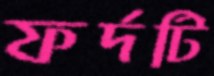
ফর্দটি